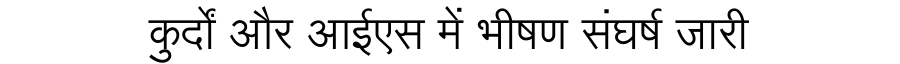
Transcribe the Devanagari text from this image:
कुर्दों और आईएस में भीषण संघर्ष जारी